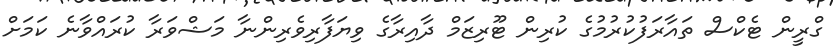
ގްރީން ޓެކްސް ތައާރަފުކުރުމުގެ ކުރިން ޓޫރިޒަމް ދާއިރާގެ ވިޔަފާރިވެރިންނާ މަޝްވަރާ ކުރައްވާނެ ކަމަށް